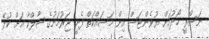
ނަސްރީ ހޯދުމަށް ޔުވެންޓަސް އިން މަސައްކަތް ފެށީ ޖަރުމަނުގެ ޝާލްކާ އަށް ކުޅޭ